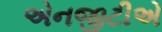
એનજીટીએ